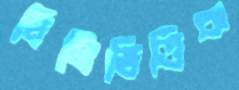
চিলিভিত্তিক